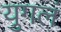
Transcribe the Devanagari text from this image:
युगलं